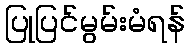
ပြုပြင်မွမ်းမံရန်